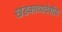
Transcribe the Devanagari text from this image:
खंडकाव्यदेशीय